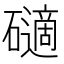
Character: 𥖾